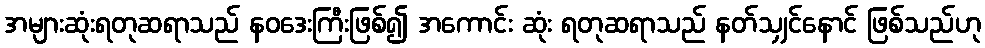
အများဆုံးရတုဆရာသည် နဝဒေးကြီးဖြစ်၍ အကောင်း ဆုံး ရတုဆရာသည် နတ်သျှင်နောင် ဖြစ်သည်ဟု